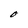
Character: O